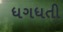
ધગધતી